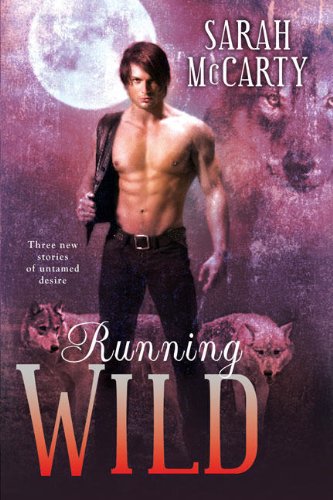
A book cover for Running Wild; Sarah McCarty; Romance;